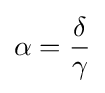
{\begin{aligned}\alpha ={\frac {\delta }{\gamma }}\end{aligned}}